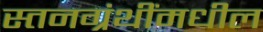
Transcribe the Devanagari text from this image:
स्तनग्रंथींमधील